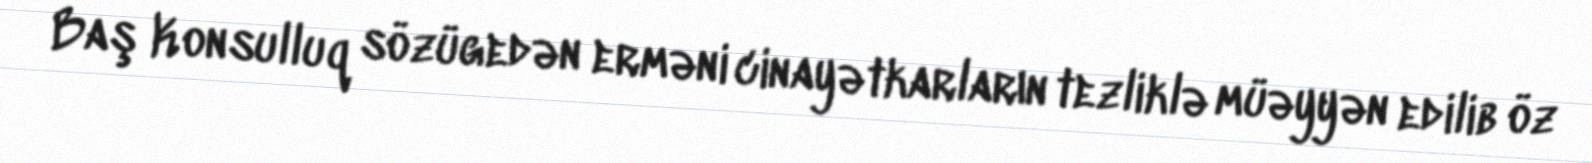
Baş Konsulluq sözügedən erməni cinayətkarların tezliklə müəyyən edilib öz